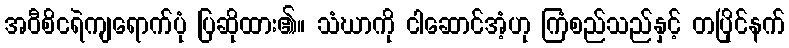
အဝီစိငရဲကျရောက်ပုံ ပြဆိုထား၏။ သံဃာကို ငါဆောင်အံ့ဟု ကြံစည်သည်နှင့် တပြိုင်နက်